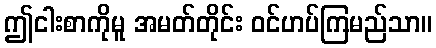
ဤငါးစာကိုမူ အမတ်တိုင်း ဝင်ဟပ်ကြမည်သာ။